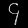
Digit: ၄